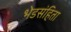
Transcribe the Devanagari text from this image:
भेडसंहिता